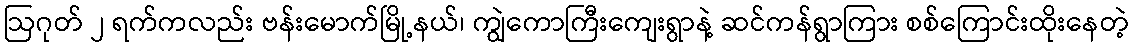
ဩဂုတ် ၂ ရက်ကလည်း ဗန်းမောက်မြို့နယ်၊ ကျွဲကောကြီးကျေးရွာနဲ့ ဆင်ကန်ရွာကြား စစ်ကြောင်းထိုးနေတဲ့